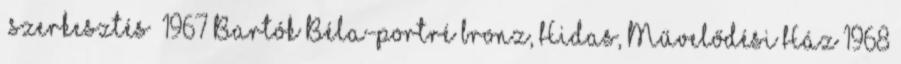
szerkesztés 1967 Bartók Béla-portré bronz, Hidas, Művelődési Ház 1968